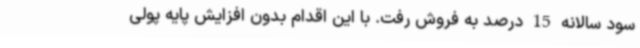
سود سالانه 15 درصد به فروش رفت. با این اقدام بدون افزایش پایه پولی